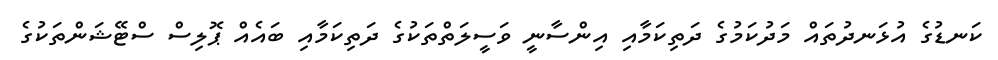
ކަނޑުގެ އުޅަނދުތައް މަދުކަމުގެ ދަތިކަމާއި އިންސާނީ ވަސީލަތްތަކުގެ ދަތިކަމާއި ބައެއް ޕޮލިސް ސްޓޭޝަންތަކުގެ